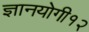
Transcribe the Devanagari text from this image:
ज्ञानयोगी१२